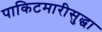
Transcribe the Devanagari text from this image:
पाकिटमारीसुद्धा